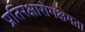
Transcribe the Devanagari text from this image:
प्रतिरक्षारोगक्षमता